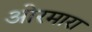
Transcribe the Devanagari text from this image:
ओरमारा